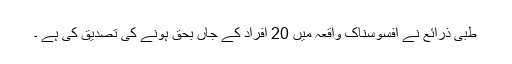
طبی ذرائع نے افسوسناک واقعہ میں 20 افراد کے جاں بحق ہونے کی تصدیق کی ہے ۔